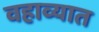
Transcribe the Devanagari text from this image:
वहाव्यात